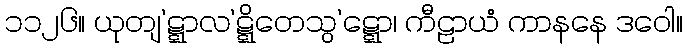
၁၁၂၆။ ယုတျ’ဋ္ဋာလ’ဋ္ဋိတေသွ’ဋ္ဋော၊ ကီဠာယံ ကာနနေ ဒဝေါ။